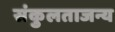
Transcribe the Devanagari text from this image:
संकुलताजन्य